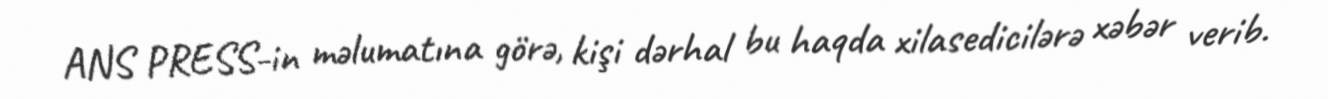
ANS PRESS-in məlumatına görə, kişi dərhal bu haqda xilasedicilərə xəbər verib.